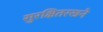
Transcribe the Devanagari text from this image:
सुरक्षितरखने